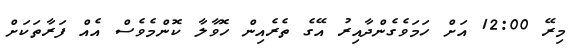
މިރޭ 12:00 އަށް ހަމަވެގެންދާއިރު އޭގެ ތެރެއިން ހޮވާލާ ކޮންމެވެސް އެއް ފަރާތަކަށް